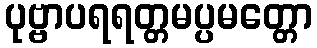
ပုဗ္ဗာပရရတ္တမပ္ပမတ္တော